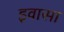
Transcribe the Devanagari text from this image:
इवासा